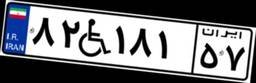
۸۲W۱۸۱۵۷